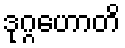
ဒုဂ္ဂဟောတိ